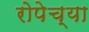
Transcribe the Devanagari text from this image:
रोपेच्या